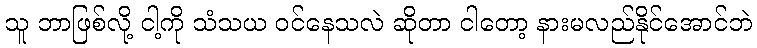
သူ ဘာဖြစ်လို့ ငါ့ကို သံသယ ဝင်နေသလဲ ဆိုတာ ငါတော့ နားမလည်နိုင်အောင်ဘဲ